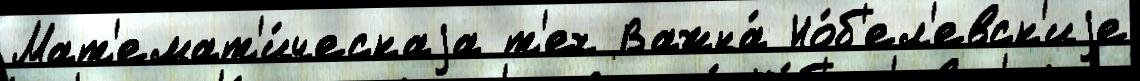
Мат'емат'и́ческаjа т'ех Важна́ Но́б'ел'евск'иjе